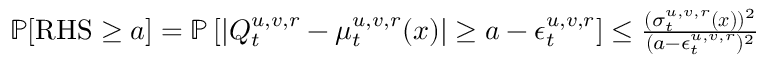
\begin{array} { r } { \mathbb { P } [ \mathrm { R H S } \geq a ] = \mathbb { P } \left[ \left| Q _ { t } ^ { u , v , r } - { \mu } _ { t } ^ { u , v , r } ( \boldsymbol { x } ) \right| \geq a - \epsilon _ { t } ^ { u , v , r } \right] \leq \frac { ( { \sigma } _ { t } ^ { u , v , r } ( \boldsymbol { x } ) ) ^ { 2 } } { ( a - \epsilon _ { t } ^ { u , v , r } ) ^ { 2 } } } \end{array}